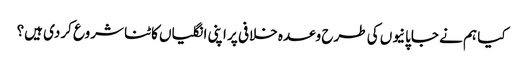
کیا ہم نے جاپانیوں کی طرح وعدہ خلافی پر اپنی انگلیاں کاٹنا شروع کردی ہیں؟